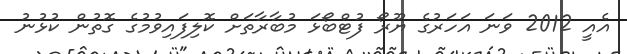
އެއީ 2012 ވަނަ އަހަރުގެ ޔޫރޯ ފުޓްބޯޅަ މުބާރާތަށް ކޮލިފައިވުމުގެ ގޮތުން ކުޅުނު